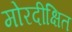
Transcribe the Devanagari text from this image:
मोरदीक्षित